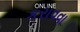
કરાવવા